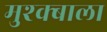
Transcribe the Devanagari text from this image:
मुश्क्बाला